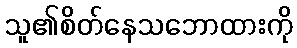
သူ၏စိတ်နေသဘောထားကို